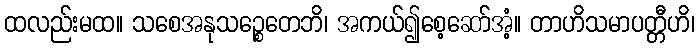
ထလည်းမထ။ သစေအနုသဉ္စေတေဘိ၊ အကယ်၍စေ့ဆော်အံ့။ တာဟိသမာပတ္တီဟိ၊